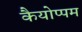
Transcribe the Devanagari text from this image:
कैयोप्पम